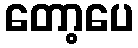
တော့ပေ